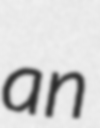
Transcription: an